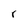
Character: r